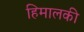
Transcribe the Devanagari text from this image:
हिमालकी